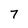
Character: 7